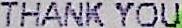
THANK YOU